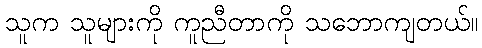
သူက သူများကို ကူညီတာကို သဘောကျတယ်။